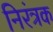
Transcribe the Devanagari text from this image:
निरंत्रक